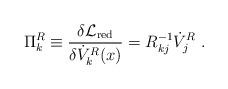
LaTeX: \begin{align*}\Pi_k^R\equiv{\delta{\cal L}_{\rm red}\over \delta \dot{V}_k^R(x)}=R^{-1}_{kj}\dot{V}_j^R~.\end{align*}